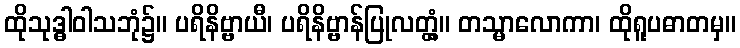
ထိုသုဒ္ဓါဝါသဘုံ၌။ ပရိနိဗ္ဗာယီ၊ ပရိနိဗ္ဗာန်ပြုလတ္တံ့။ တသ္မာလောကာ၊ ထိုရူပဓာတမှ။